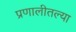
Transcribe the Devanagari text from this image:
प्रणालीतल्या